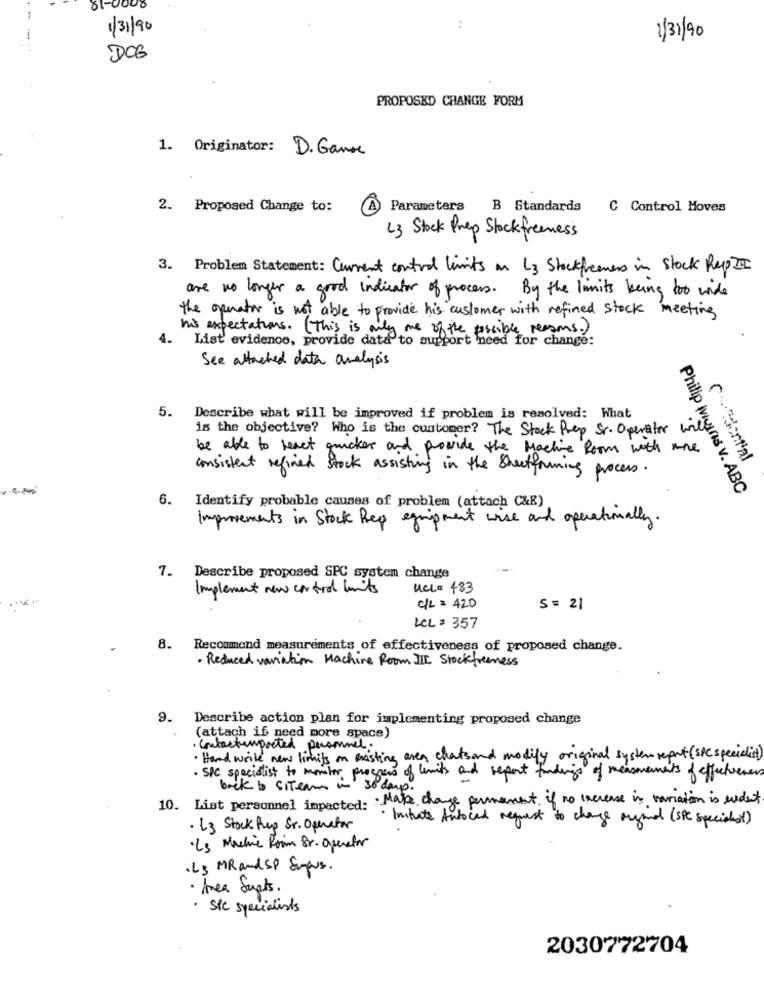
1/31/90
..
1/31/90
DOG
PROPOSED CHANGE FORM
1. Originator: D. Game
2. Proposed Change to:
A Parameters B Standards C Control Moves
L3 Stock Prep Stockfreeness
3. Problem Statement: Current control limits on L3 Stockfreemer in Stock RepIn
are no longer a good indicator of process. By the limits being too wide
the operator is not able to provide his customer with refined stock meeting
his expectations. ( This is only me of the possible reasons.)
4.
List evidence, provide data to support need for change:
See attached data analysis
5.
Describe what will be improved if problem is resolved: What
is the objective? Who is the customer? The Stock Prep Sr. Operator wil
be able to react juncker and provide the Machine Room with more
C~ ~ dential
consistent refined stock assisting in the Sheetfruning process.
6.
Identify probable causes of problem (attach C&E)
Philip iviguns v. ABC
Improvements in Stock Rep equipment wise and operationally.
7. Describe proposed SPC system change
Implement new control units
Uel = 483
c/L = 420
S = 21
LCL : 357
8.
Recommend measurements of effectiveness of proposed change.
· Reduced variation Machine Room III Stockfreeness
9.
Describe action plan for implementing proposed change
(attach if need more space)
· Contactimported personnel.
Hand write new limits on existing area chatsand modify original system report (SPC specialist)
· SIC specialist to monitor progress of limits and report findings of measurements of effectiveness
back to SITeam in 30 days.
10. List personnel impacted: Make change permanent if no increase in variation is erdet
· Initiate Autocad request to change aryand (SPC specialist)
· L3 Stock Rup Sr. Operator
·Ls Machine Room Sr. Operator
.L3 MRand Sp Sugars.
· Area Suats.
. Sie specialists
2030772704